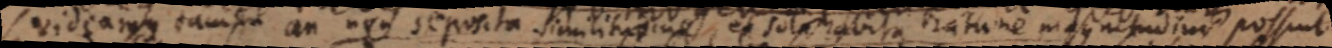
videamus tamen an non suposita similitudine et sola habita nature magnitudine possunt